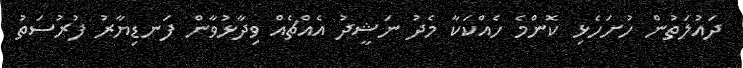
ދައުލަތުން ހުށަހެޅި ކޮންމެ ހެއްކަކާ މެދު ނަޝީދު އެއްޗެއް ވިދާޅުވާން ފަނޑިޔާރު ފުރުސަތު